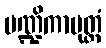
မဏ္ဍိကာပုတ္တံ